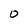
Character: 0